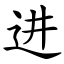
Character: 进